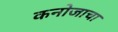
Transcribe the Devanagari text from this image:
कनोजाचा